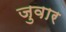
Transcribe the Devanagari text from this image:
जुवार